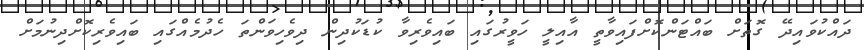
ދައްކުވައިދޭ ގޮތަށް ބައްޓަންކޮށްފައިވާތީ އާއިލީ ހަވީރުގައި ބައިވެރިވާ ކުޑަކުދިން ދިވެހިވަންތަ ހެދުމެއްގައި ބައިވެރިކޮށްދިނުމަށް